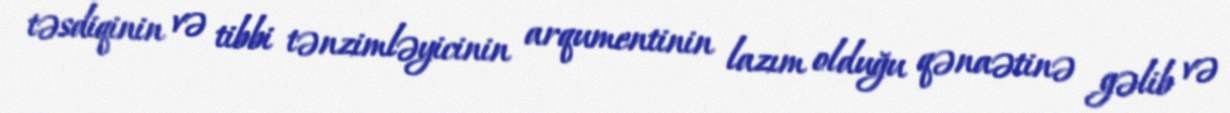
təsdiqinin və tibbi tənzimləyicinin arqumentinin lazım olduğu qənaətinə gəlib və